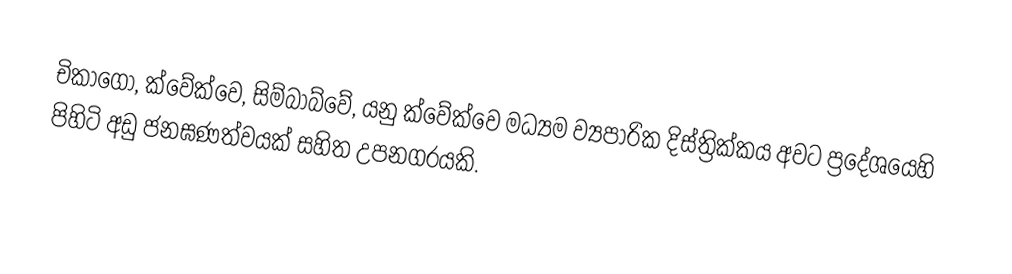
චිකාගෝ, ක්වේක්වෙ, සිම්බාබ්වේ, යනු ක්වේක්වෙ මධ්‍යම ව්‍යපාරික දිස්ත්‍රික්කය අවට ප්‍රදේශයෙහි පිහිටි අඩු ජනඝණත්වයක් සහිත උපනගරයකි.